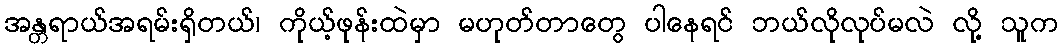
အန္တရာယ်အရမ်းရှိတယ်၊ ကိုယ့်ဖုန်းထဲမှာ မဟုတ်တာတွေ ပါနေရင် ဘယ်လိုလုပ်မလဲ လို့ သူက